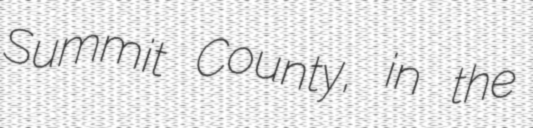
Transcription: Summit County, in the